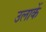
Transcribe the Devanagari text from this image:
उलाकें